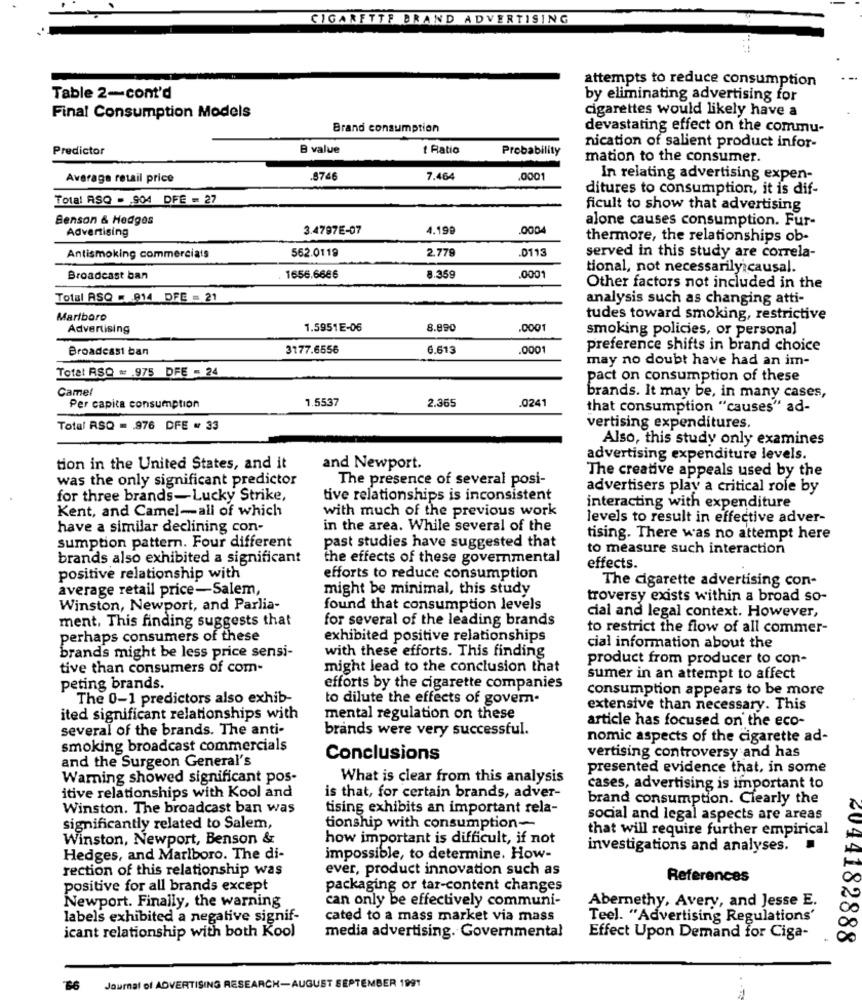
CIGARETTE BRAND ADVERTISING
attempts to reduce consumption
Table 2-cont'd
by eliminating advertising for
cigarettes would likely have a
Final Consumption Models
Brand consumption
devastating effect on the commu-
Predictor
B value
Ratio
Probability
nication of salient product infor-
mation to the consumer.
Average retail price
.8746
7.464
.0001
In relating advertising expen-
ditures to consumption, it is dif-
Total RSQ - 904 DFE = 27
ficult to show that advertising
Benson & Hedges
alone causes consumption. Fur-
Advertising
3.4797E-07
4.199
.0004
thermore, the relationships ob-
562.0119
2.779
.0115
Antismoking commercials
served in this study are correla-
tional, not necessarily causal.
Broadcast ban
1656.6686
8.35g
0001
Other factors not included in the
Total ASQ = 814 DFE = 21
analysis such as changing atti-
Marlboro
tudes toward smoking, restrictive
Advertising
1.5951E-06
8.890
.0001
smoking policies, or personal
Broadcast ban
3177.6556
6.613
.000
preference shifts in brand choice
may no doubt have had an im-
Total RSQ = . 975 DFE - 24
pact on consumption of these
Camel
1,5537
2.365
.024
brands. It may be, in many cases,
Per capita consumption
that consumption "causes" ad-
Total RSQ = . 976 DFE # 33
vertising expenditures.
Also, this study only examines
advertising expenditure levels.
tion in the United States, and it
and Newport.
The creative appeals used by the
was the only significant predictor
The presence of several posi-
advertisers play a critical role by
for three brands-Lucky Strike,
tive relationships is inconsistent
Kent, and Camel-all of which
with much of the previous work
interacting with expenditure
levels to result in effective adver-
have a similar declining con-
in the area. While several of the
sumption pattern. Four different
tising. There was no attempt here
past studies have suggested that
to measure such interaction
brands also exhibited a significant
the effects of these governmental
effects.
positive relationship with
efforts to reduce consumption
The cigarette advertising con-
average retail price-Salem,
might be minimal, this study
troversy exists within a broad so-
Winston, Newport, and Parlia-
found that consumption levels
ment, This finding suggests that
for several of the leading brands
cial and legal context. However,
to restrict the flow of all commer-
perhaps consumers of these
exhibited positive relationships
with these efforts. This finding
cial information about the
brands might be less price sensi-
product from producer to con-
tive than consumers of com-
might lead to the conclusion that
sumer in an attempt to affect
peting brands.
efforts by the cigarette companies
consumption appears to be more
The 0-1 predictors also exhib-
to dilute the effects of govern-
extensive than necessary. This
ited significant relationships with
mental regulation on these
several of the brands. The anti-
brands were very successful.
article has focused on the eco-
nomic aspects of the cigarette ad-
smoking broadcast commercials
and the Surgeon General's
Conclusions
vertising controversy and has
presented evidence that, in some
Warning showed significant pos-
What is clear from this analysis
itive relationships with Kool and
cases, advertising is important to
is that, for certain brands, adver-
brand consumption. Clearly the
Winston. The broadcast ban was
tising exhibits an important rela-
social and legal aspects are areas
significantly related to Salem,
tionship with consumption-
that will require further empirical
Winston, Newport, Benson &
how important is difficult, if not
investigations and analyses.
Hedges, and Marlboro. The di-
impossible, to determine. How-
rection of this relationship was
ever, product innovation such as
References
positive for all brands except
packaging or tar-content changes
can only be effectively communi-
Abernethy, Avery, and Jesse E.
Newport. Finally, the warning
labels exhibited a negative signif-
cated to a mass market via mass
Teel. "Advertising Regulations'
icant relationship with both Kool
media advertising. Governmental
Effect Upon Demand for Ciga-
6044182888
66
Journal of ADVERTISING RESEARCH-AUGUST SEPTEMBER 1991